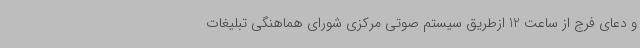
و دعای فرج از ساعت 12 ازطریق سیستم صوتی مرکزی شورای هماهنگی تبلیغات